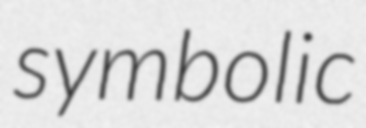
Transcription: symbolic